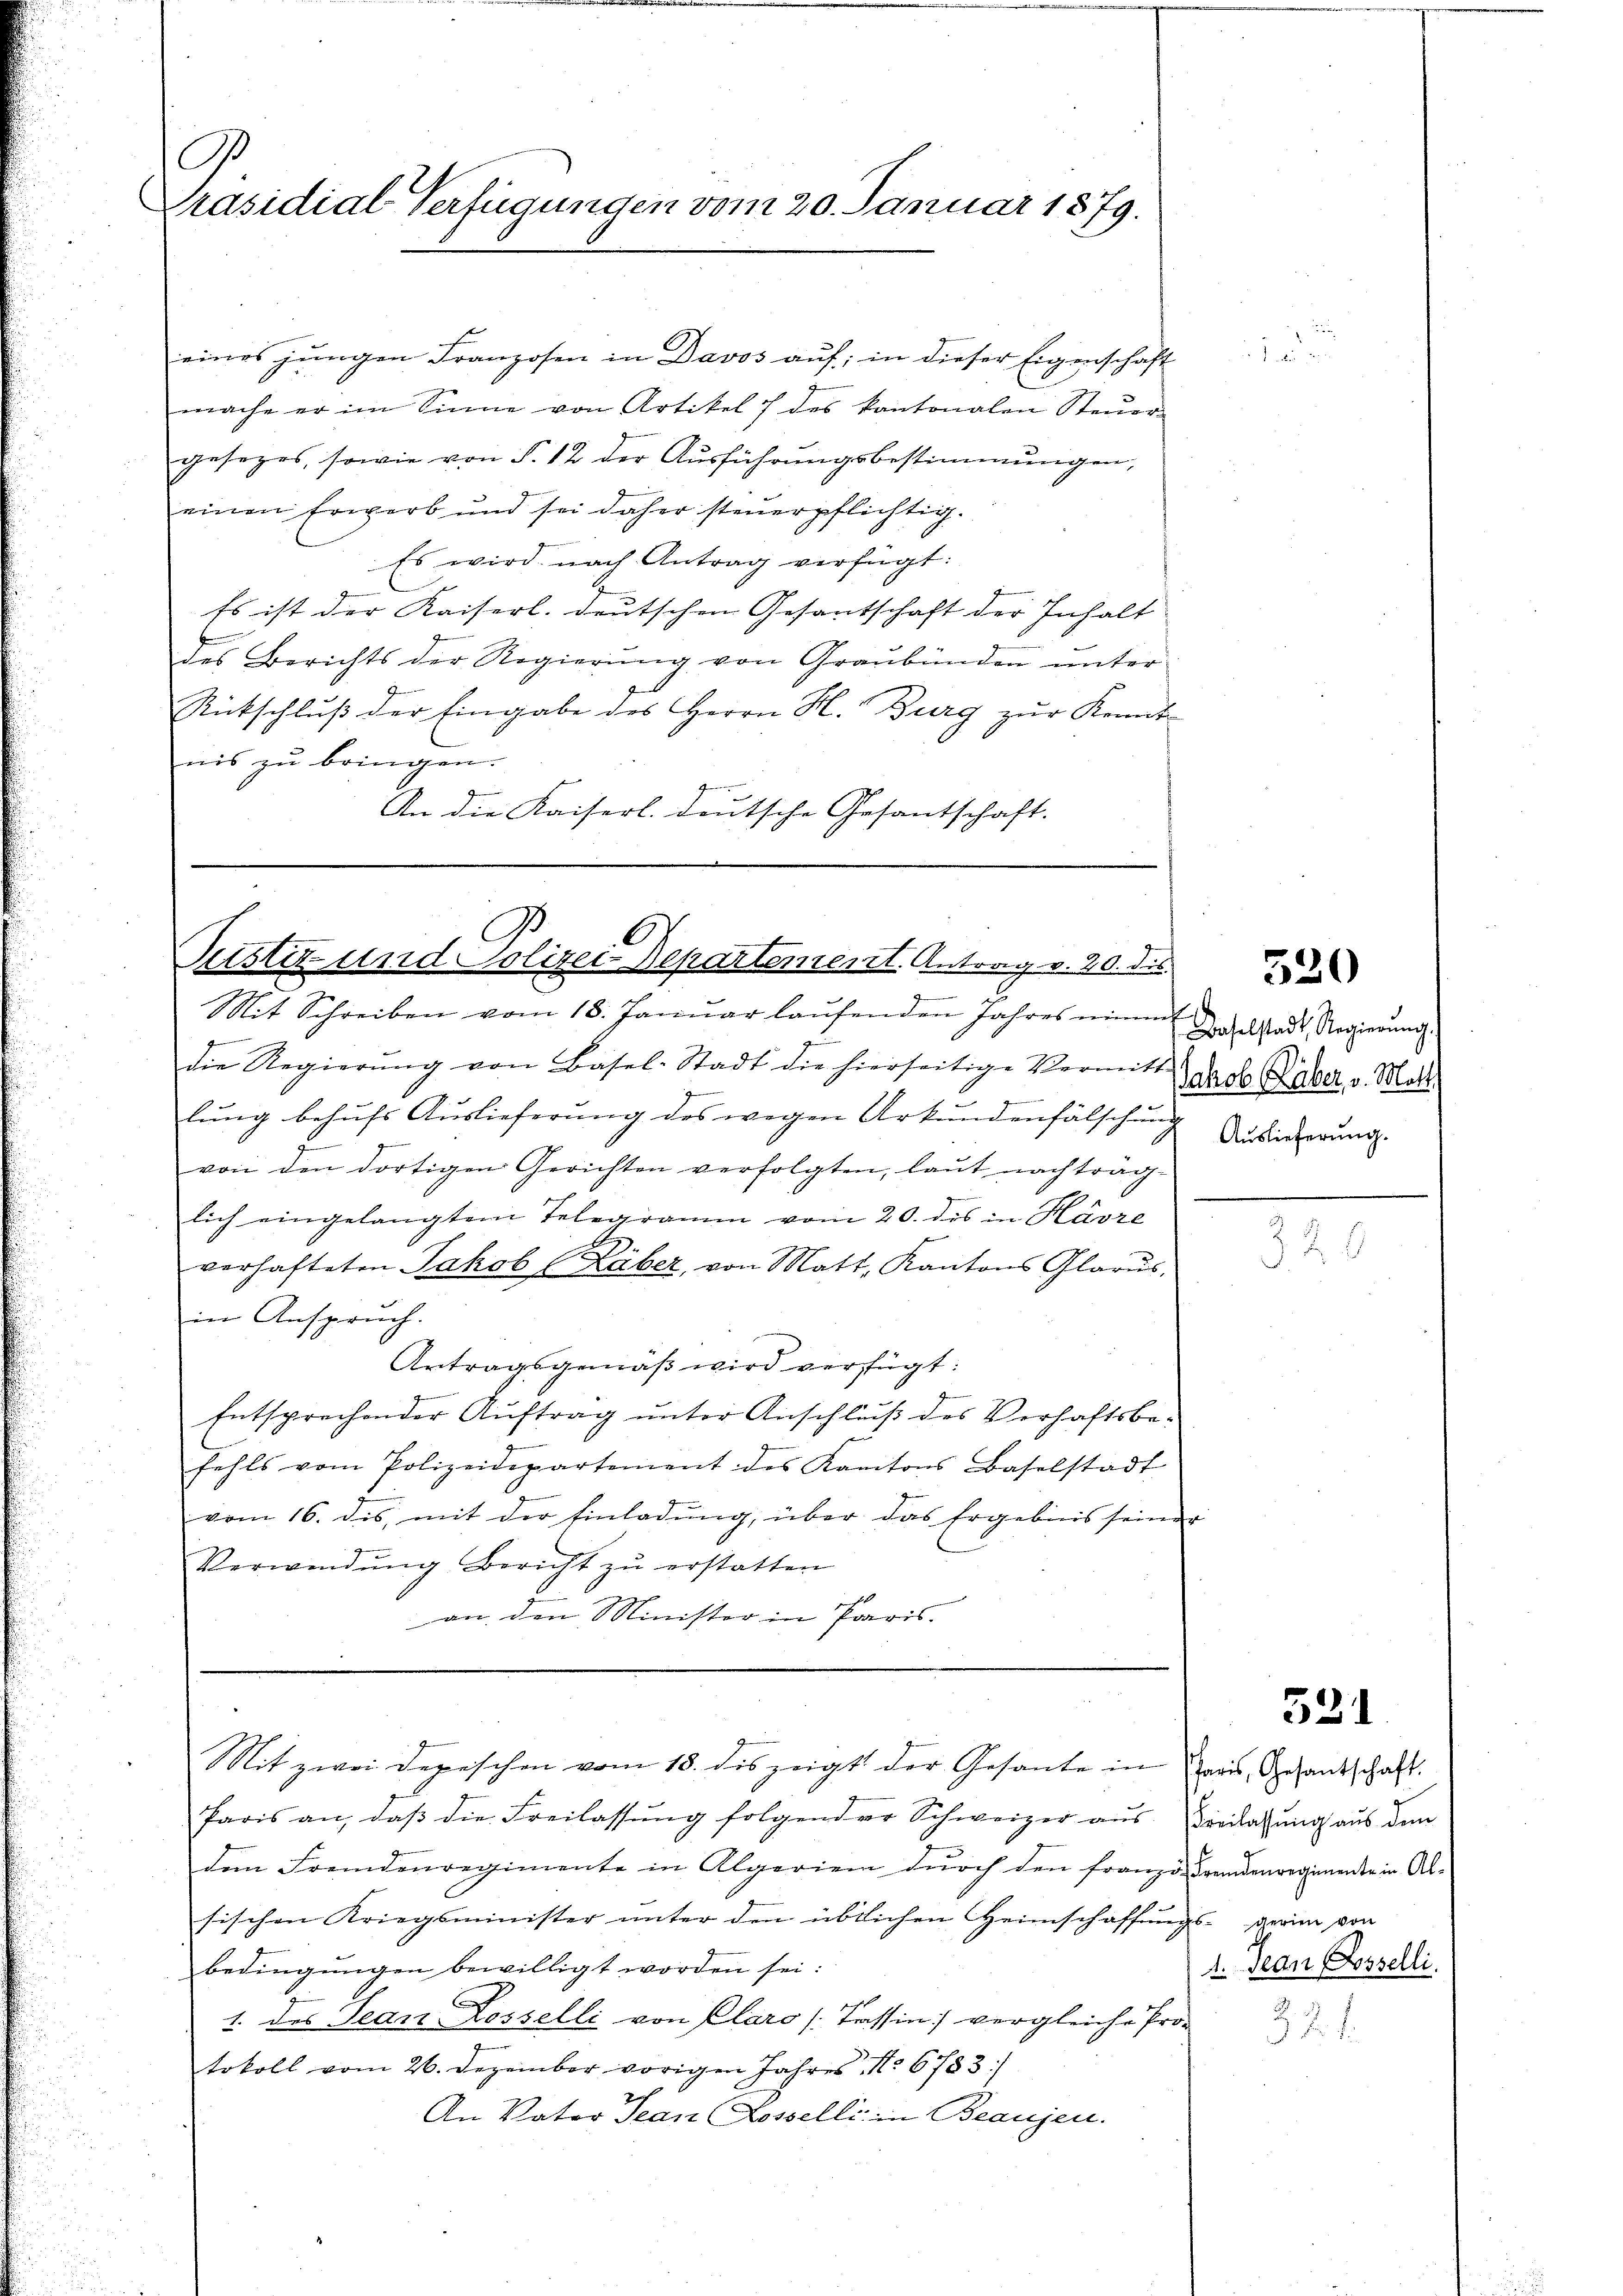
A
Präsidial-Verfügungen vom 20. Januar 1879.

eines jungen Franzosen in Davos auf; in dieser Eigenschaft
mache er im Sinne von Artikel 7 des kantonalen Steŭer-
gesezes, sowie von S. 12 der Aŭsführŭngsbestimmungen,
einen Erwerb und sei daher steuerpflichtig.
Es wird nach Antrag verfügt:
Es ist der Kaiserl. deutschen Gesantschaft der Inhalt- |
des Berichts der Regierŭng von Graubünden ŭnter
Rütschluß der Eingabe des Herrn H. Burg zur Kennt
nis zu bringen.
An die Kaiserl. deutsche Gesantschaft.

Pustiz- und Polizei Departement. Antrag v. 20. die

g
die Regierŭng von Basel-Stadt die hierseitige Vermitt prol. Daber v. Matt.
lung behufs Auslieferung des wegen Urkundenfälschung
d
u
von den dortigen Gerichten verfolgten, laŭt nachtrag-
lich eingelangtem Telegramm vom 20. des in Havre
verhafteten Jakob (Läber, von Matt. Kantons Glarus,
in Anspruch.
Antragsgemäß wird verfügt:
Entsprechender Aŭftrag ŭnter Anschlŭβ des Verhaftsbe-
fehls vom Polizeidepartement des Kantons Baselstadt
vom 16. dis, mit der Einladŭng, über das Ergebnis seiner
Verwendŭng bericht zŭ erstatten
an den Minister in Paris.

Mit zwei Depeschen vom 18. des zeigt der Gesante in Preis, Gesandschaft.

Mit Schreiben vom 18. Januar laufenden Jahres einm

Paris an, daß die Freilassung folgender Schweizer aus. Freilassung aus dem
dem Fremdenregimente in Algerien dŭrch den franzo Fremdenregimente in Al-
sischen Kriegsminister unter den übtlichen Heimschaffungs- gerin von
bedingungen bewilligt worden sei:
1. des Jean Losselli von Claro [Tessin vergleiche Pro-
tokoll vom 26. Dezember vorigen Jahres No 6783/
An Vater Jean Losselli in Beaugen.

520

Baselstadt Regierŭng.
Auslieferung.

521

1. Jean Rosselli
3.2.